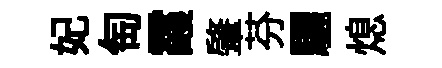
妃匋霞肇芬驪熄